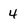
Character: 4